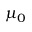
\mu _ { 0 }